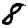
Digit: 8